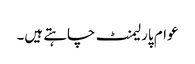
عوام پارلیمنٹ چاہتے ہیں۔